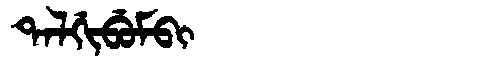
Manchu: ᡨᠠᠯᡤᡳᠪᡠᠮᠪᡳ
Romanization: TALGIBUMBI